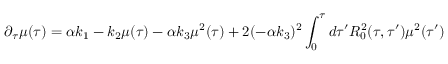
{ } \partial _ { \tau } \mu ( \tau ) = \alpha k _ { 1 } - k _ { 2 } \mu ( \tau ) - \alpha k _ { 3 } \mu ^ { 2 } ( \tau ) + 2 ( - \alpha k _ { 3 } ) ^ { 2 } \int _ { 0 } ^ { \tau } d \tau ^ { \prime } R _ { 0 } ^ { 2 } ( \tau , \tau ^ { \prime } ) \mu ^ { 2 } ( \tau ^ { \prime } )